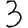
Digit: 3